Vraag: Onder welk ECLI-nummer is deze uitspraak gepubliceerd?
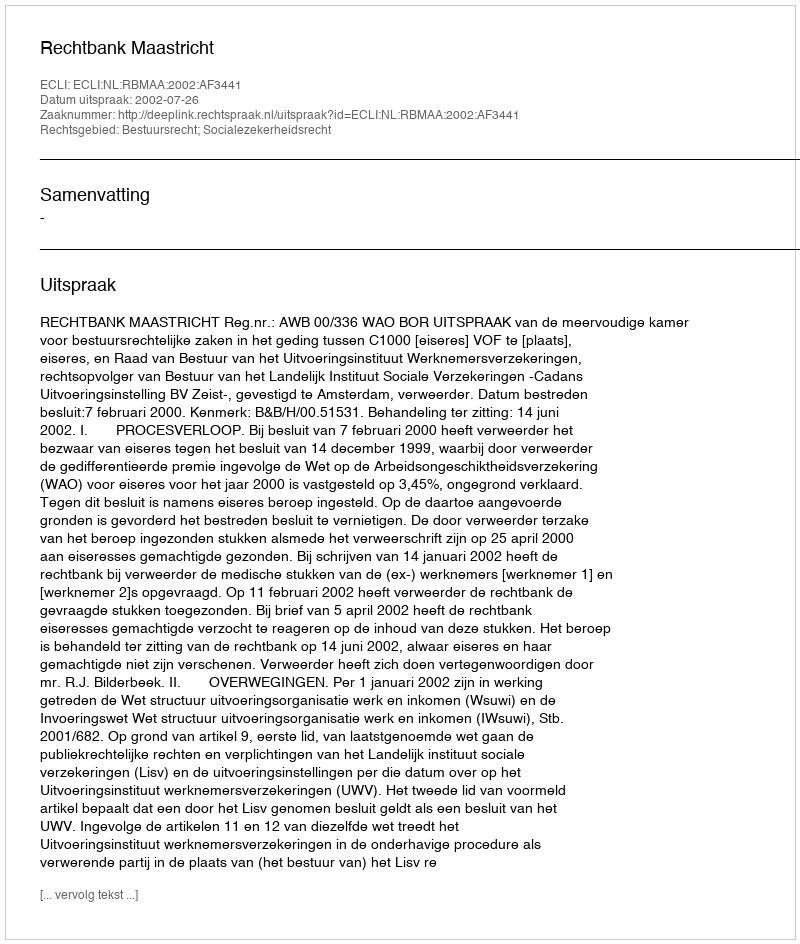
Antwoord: ECLI:NL:RBMAA:2002:AF3441